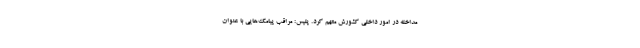
مداخله در امور داخلی کشورش متهم کرد. پلیس: مراقب پیامک‌هایی با عنوان